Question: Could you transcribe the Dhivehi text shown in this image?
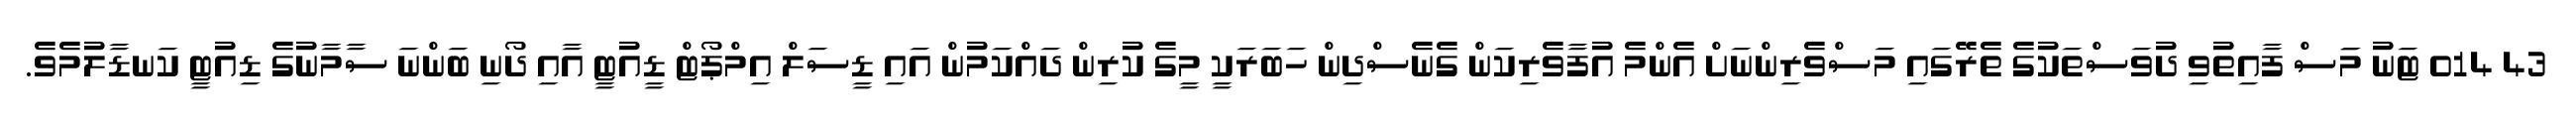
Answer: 43 014 ޓަނު މަަސް ފާއިތުވި ދުވަސްތަކުގެ ތެރޭގައި މަސްވެރިންނަށް އެންމެ އުފާވެރިކަން ގެނެސްދިން ހަބަރަކީ މީގެ ކުރިން ދައްކަމުން އައި ޑީސަލް އިމްޕޯޓް ޑީއުޓީ އާއި ދޯނި ބަންނަ ސާމާނުގެ ޑިއުޓީ ކަނޑާލުމެވެ.